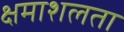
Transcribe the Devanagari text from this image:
क्षमाशलता